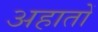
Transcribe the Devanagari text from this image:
अहातों